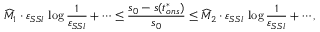
\widehat M _ { 1 } \cdot \varepsilon _ { S S l } \, \log \frac { 1 } { \varepsilon _ { S S l } } + \cdots \leq \frac { s _ { 0 } - s ( t _ { o n s } ^ { * } ) } { s _ { 0 } } \leq \widehat M _ { 2 } \cdot \varepsilon _ { S S l } \, \log \frac { 1 } { \varepsilon _ { S S l } } + \cdots ,